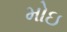
મોઇ